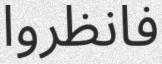
فانظروا